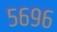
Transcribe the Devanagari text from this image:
५६९६